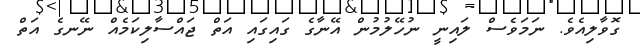
ގޮވާލިއެވެ. ނަމަވެސް ލައިނީ ނުހޭލުމުން އޭނާގެ ގައިގައި އަތް ޖައްސާލިކަމެއް ނޭނގެ އަތް